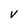
Character: V